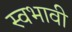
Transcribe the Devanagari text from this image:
स्वभावी